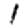
Digit: 1